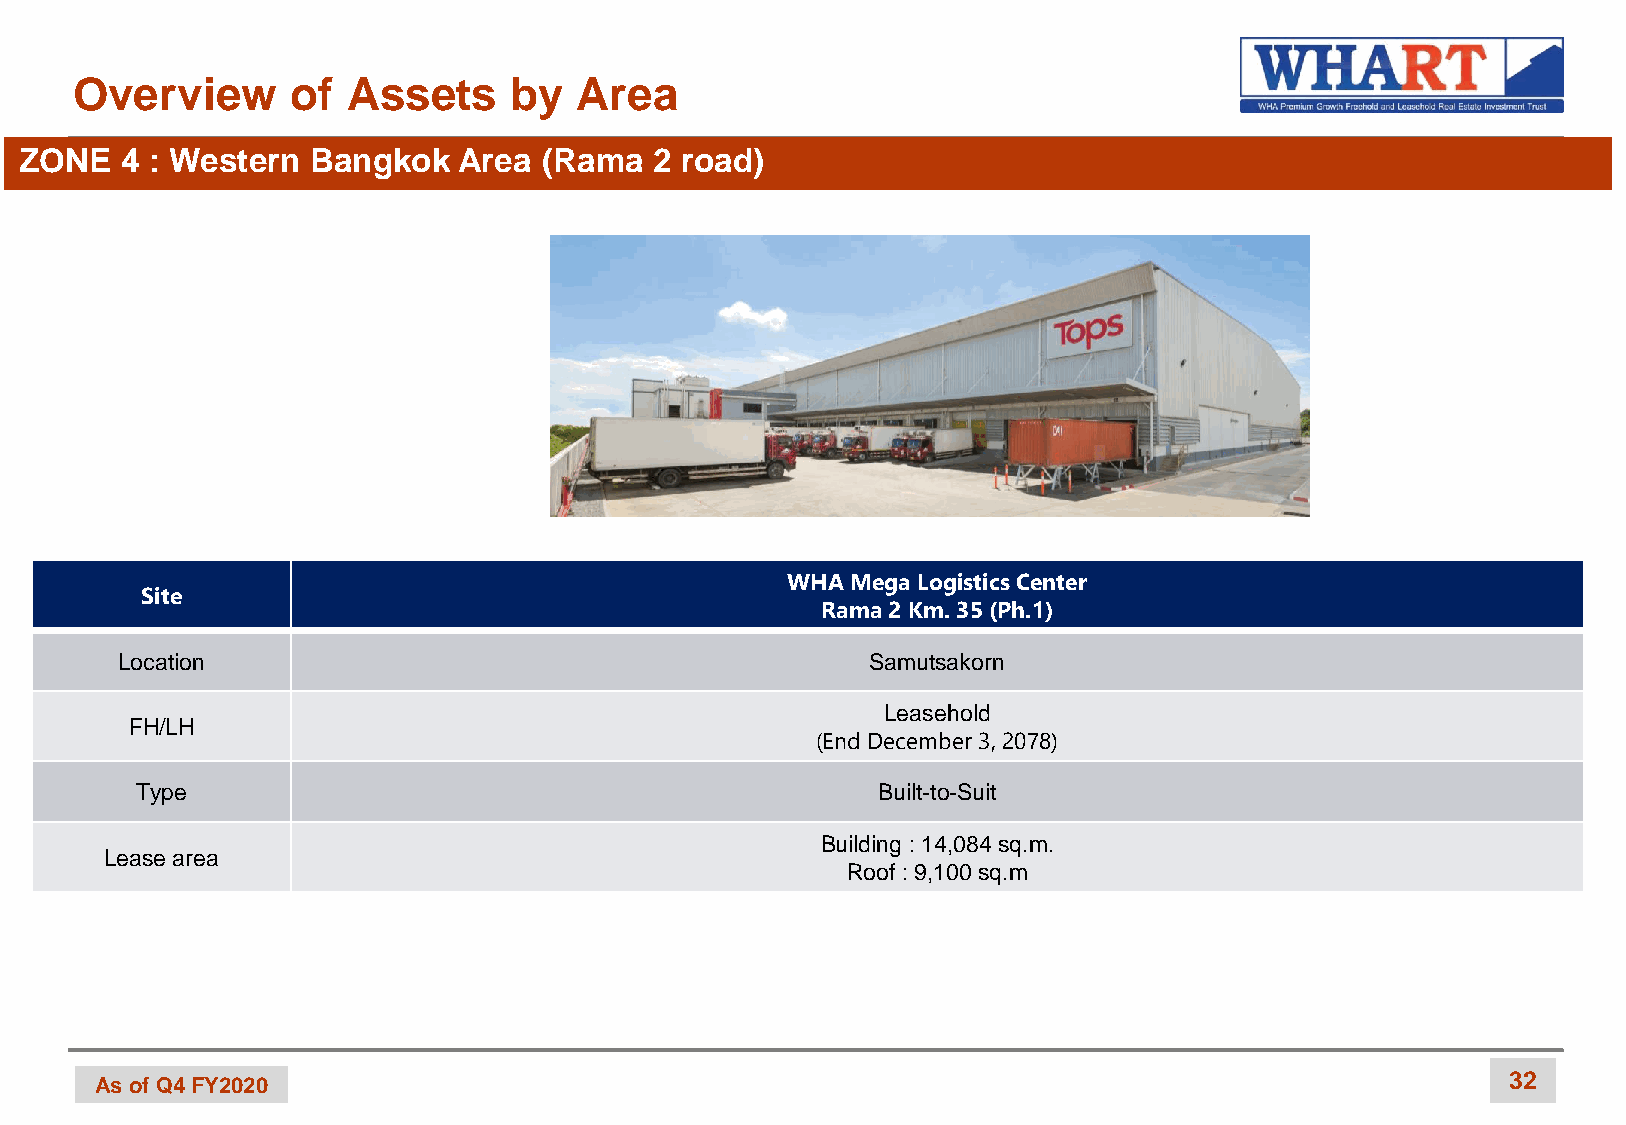
Overview      of  Assets     by  Area
 ZONE   4 : Western Bangkok   Area  (Rama  2 road)
 WHA Mega Logistics Center
 Site
 Rama 2 Km. 35 (Ph.1)
 Location                                          Samutsakorn
 Leasehold
 FH/LH
 (End December 3, 2078)
 Type                                             Built-to-Suit
 Building : 14,084 sq.m.
 Lease area
 Roof : 9,100 sq.m
 As of Q4 FY2020                                                                               32